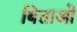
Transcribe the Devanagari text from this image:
बिताओ